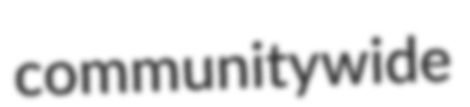
communitywide